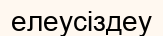
елеусіздеу